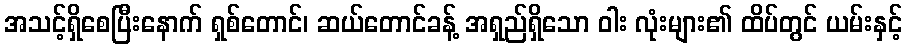
အသင့်ရှိစေပြီးနောက် ရှစ်တောင်၊ ဆယ်တောင်ခန့် အရှည်ရှိသော ဝါး လုံးများ၏ ထိပ်တွင် ယမ်းနှင့်